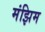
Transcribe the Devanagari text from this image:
मंझिम